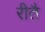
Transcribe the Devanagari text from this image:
रीतै